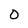
Character: O